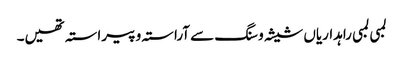
لمبی لمبی راہداریاں شیشہ و سنگ سے آراستہ و پیراستہ تھیں۔